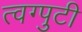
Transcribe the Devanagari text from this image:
त्वग्पुटी